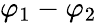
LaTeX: \varphi_{1}-\varphi_{2}